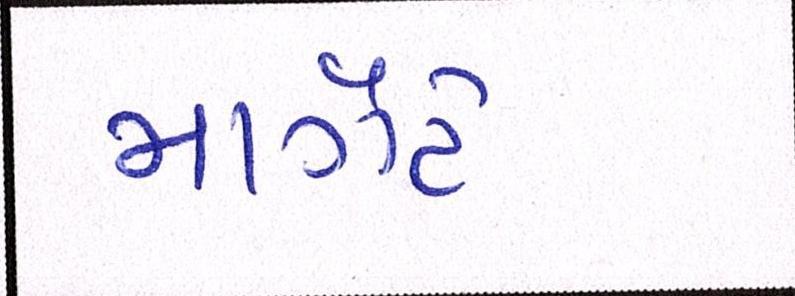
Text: માર્ગેટે